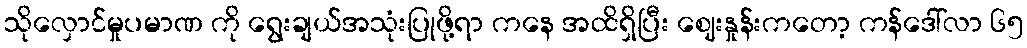
သိုလှောင်မှုပမာဏ ကို ရွေးချယ်အသုံးပြုဖို့ရာ ကနေ အထိရှိပြီး ဈေးနှုန်းကတော့ ကန်ဒေါ်လာ ၆၅